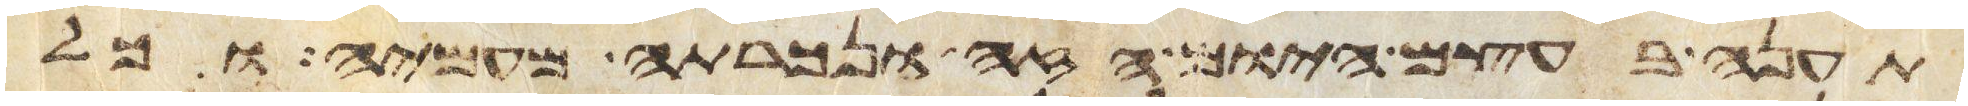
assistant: תענה בעצם היום הזה ונכרתה מעמיה וכל